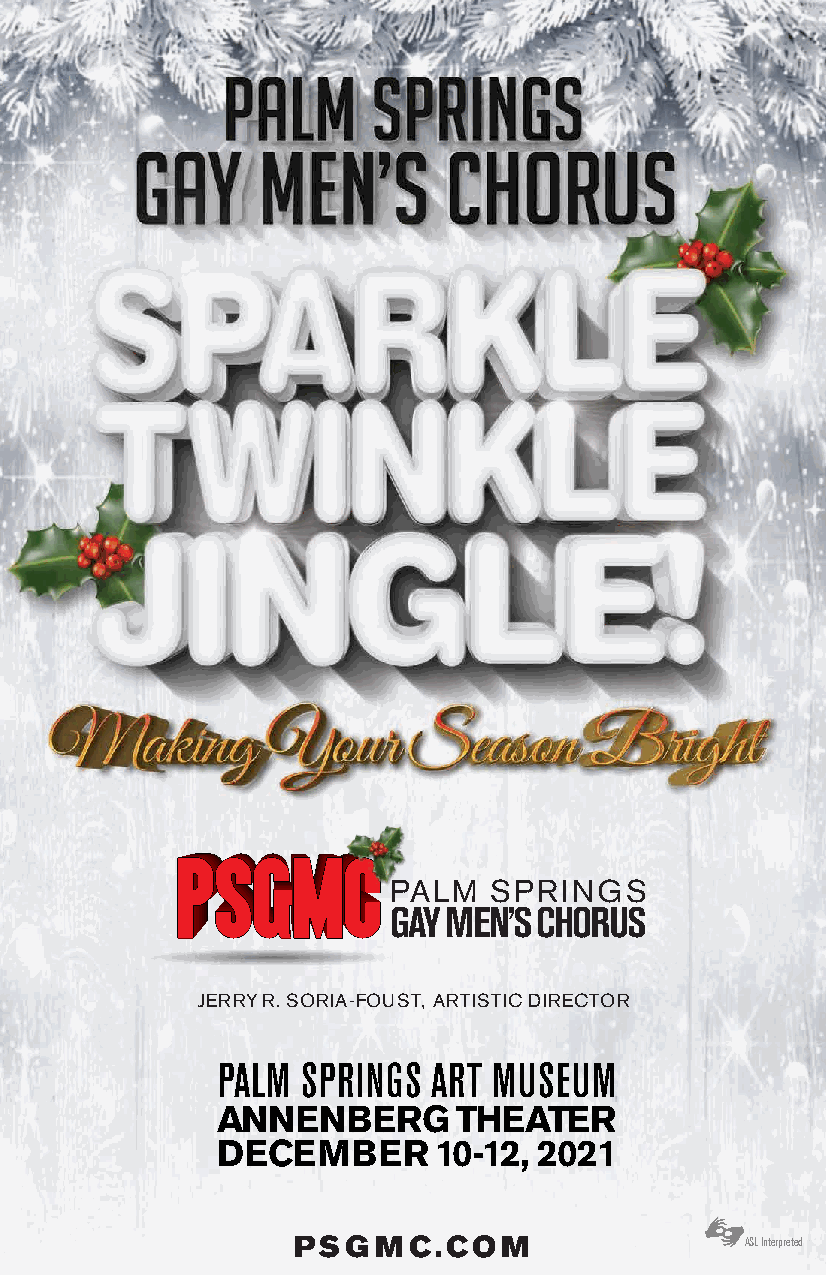
PALM  SPRINGS
 GAY MEN’S CHORUS
 JERRY R. SORIA-FOUST, ARTISTIC DIRECTOR
 PALM  SPRINGS  ART MUSEUM
 ANNENBERG       THEATER
 DECEMBER       10-12, 2021
 PSGMC.COM
 ASL Interpreted
 Palm Springs Gay Men’s Chorus | SPARKLE TWINKLE JINGLE! 1